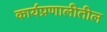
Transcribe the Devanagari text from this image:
कार्यप्रणालीतील